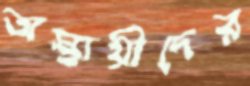
অস্থায়ীদের